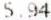
5.94